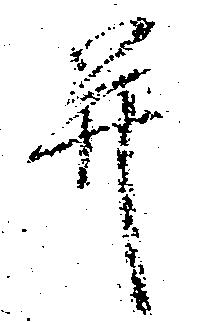
并